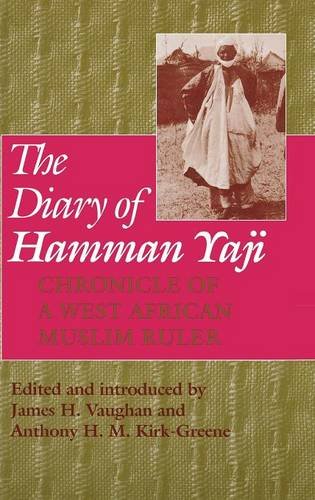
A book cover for The Diary of Hamman Yaji: Chronicle of a West African Muslim Ruler; History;